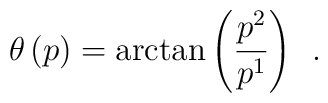
\theta \left( p\right) =\arctan \left( \frac{p^2}{p^1}\right) \;\,.